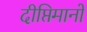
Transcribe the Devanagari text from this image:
दीप्तिमानों